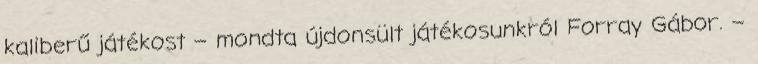
kaliberű játékost – mondta újdonsült játékosunkról Forray Gábor. –